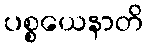
ပစ္စယေနာတိ